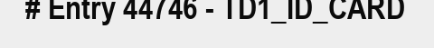
# Entry 44746 - TD1_ID_CARD